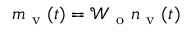
m _ { \mathrm { ~ v ~ } } ( t ) = \mathcal { W } _ { \mathrm { ~ o ~ } } n _ { \mathrm { ~ v ~ } } ( t )